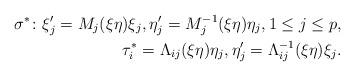
LaTeX: \begin{align*}\sigma^*\colon\xi_j'=M_j(\xi\eta)\xi_j, \eta_j'=M_j^{-1}(\xi\eta)\eta_j, 1\leq j\leq p,\\\tau_i^*=\Lambda_{ij}(\xi\eta)\eta_j, \eta_j'=\Lambda_{ij}^{-1}(\xi\eta)\xi_j. \end{align*}